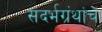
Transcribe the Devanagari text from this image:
संदर्भग्रंथांचे